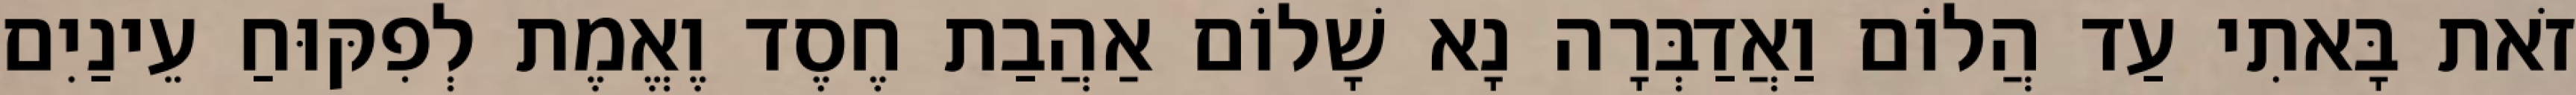
זֹאת בָּאתִי עַד הֲלוֹם וַאֲדַבְּרָה נָא שָׁלוֹם אַהֲבַת חֶסֶד וֶאֱמֶת לְפִקּוּחַ עֵינַיִם